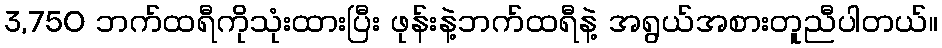
3,750 ဘက်ထရီကိုသုံးထားပြီး ဖုန်းနဲ့ဘက်ထရီနဲ့ အရွယ်အစားတူညီပါတယ်။